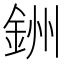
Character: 銂